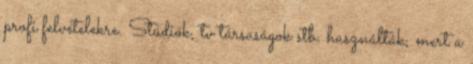
profi felvételekre. Stúdiók, tv társaságok stb. használták, mert a